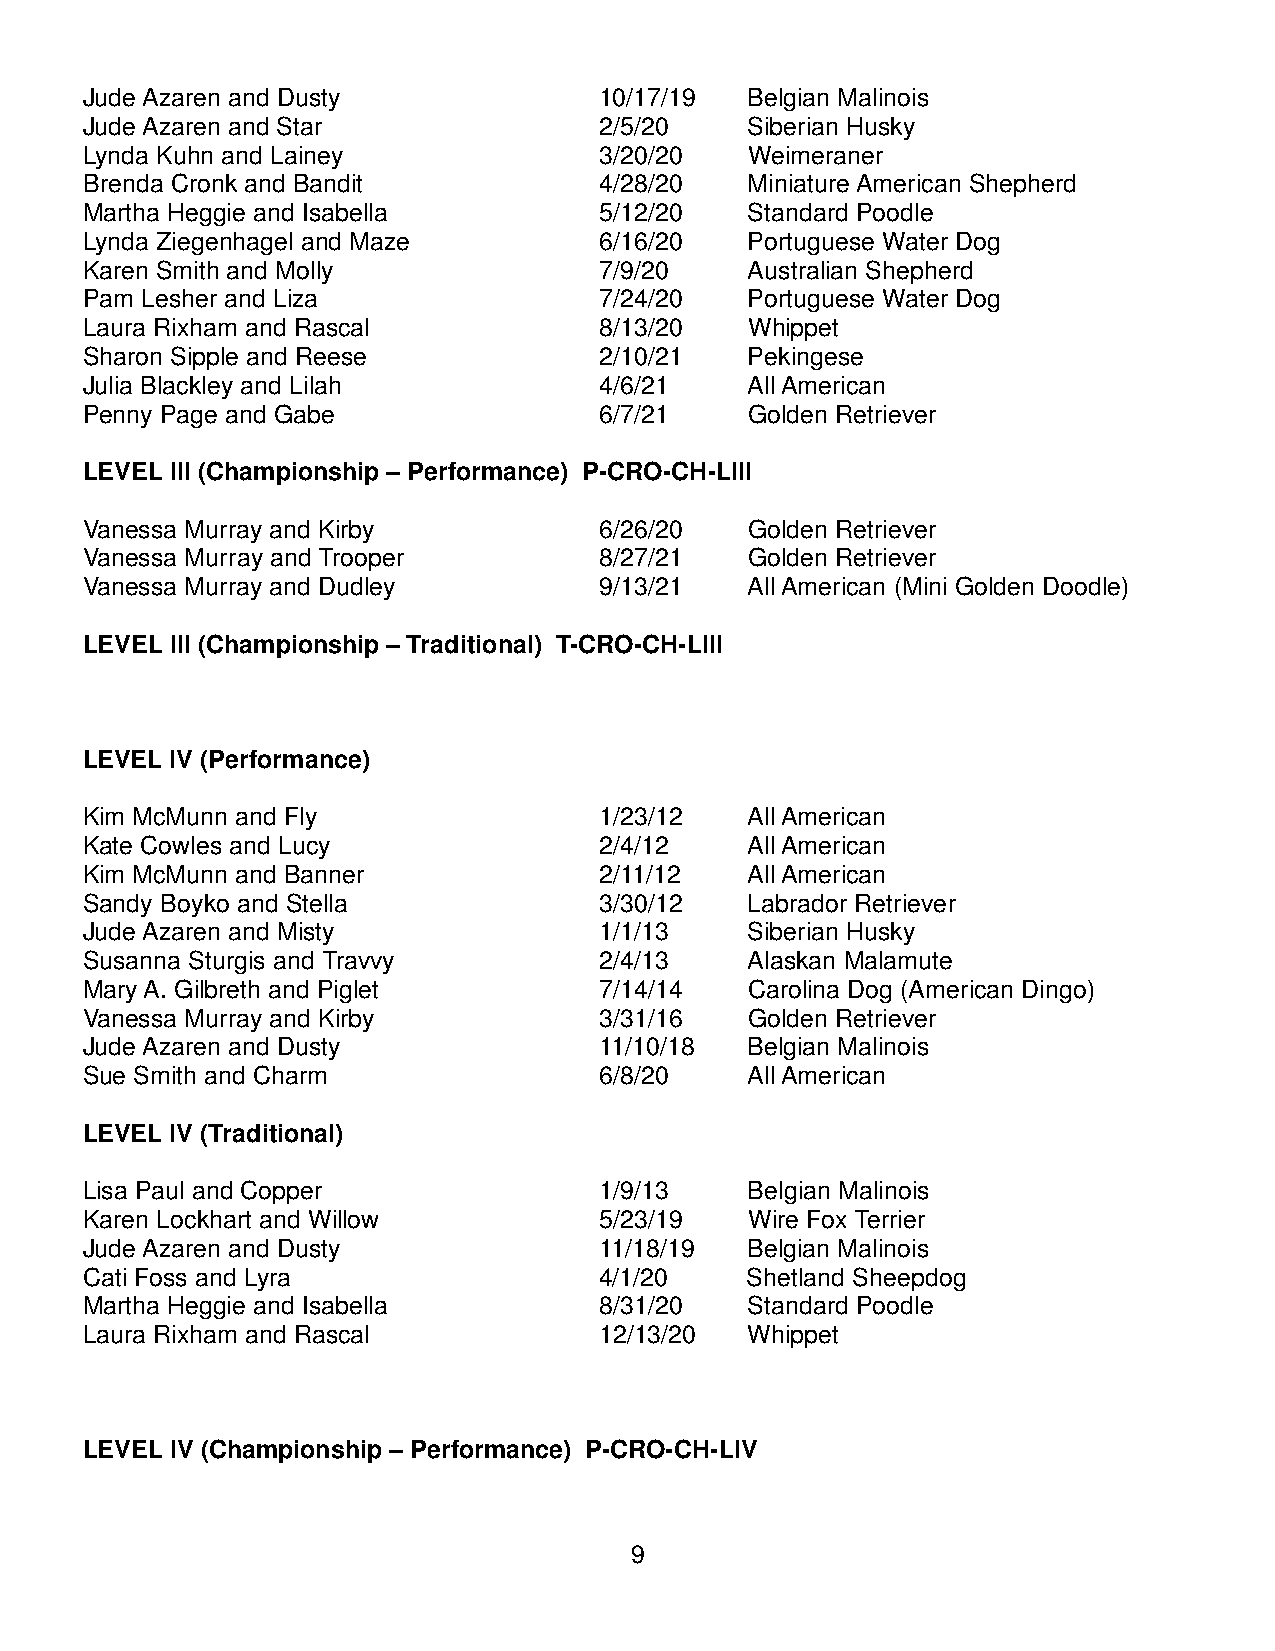
Jude Azaren and Dusty              10/17/19 Belgian Malinois
 Jude Azaren and Star               2/5/20   Siberian Husky
 Lynda Kuhn and Lainey              3/20/20  Weimeraner
 Brenda Cronk and Bandit            4/28/20  Miniature American Shepherd
 Martha Heggie and Isabella         5/12/20  Standard Poodle
 Lynda Ziegenhagel and Maze         6/16/20  Portuguese Water Dog
 Karen Smith and Molly              7/9/20   Australian Shepherd
 Pam Lesher and Liza                7/24/20  Portuguese Water Dog
 Laura Rixham and Rascal            8/13/20  Whippet
 Sharon Sipple and Reese            2/10/21  Pekingese
 Julia Blackley and Lilah           4/6/21   All American
 Penny Page and Gabe                6/7/21   Golden Retriever
 LEVEL III (Championship – Performance) P-CRO-CH-LIII
 Vanessa Murray and Kirby           6/26/20  Golden Retriever
 Vanessa Murray and Trooper         8/27/21  Golden Retriever
 Vanessa Murray and Dudley          9/13/21  All American (Mini Golden Doodle)
 LEVEL III (Championship – Traditional) T-CRO-CH-LIII
 LEVEL IV (Performance)
 Kim McMunn and Fly                 1/23/12  All American
 Kate Cowles and Lucy               2/4/12   All American
 Kim McMunn and Banner              2/11/12  All American
 Sandy Boyko and Stella             3/30/12  Labrador Retriever
 Jude Azaren and Misty              1/1/13   Siberian Husky
 Susanna Sturgis and Travvy         2/4/13   Alaskan Malamute
 Mary A. Gilbreth and Piglet        7/14/14  Carolina Dog (American Dingo)
 Vanessa Murray and Kirby           3/31/16  Golden Retriever
 Jude Azaren and Dusty              11/10/18 Belgian Malinois
 Sue Smith and Charm                6/8/20   All American
 LEVEL IV (Traditional)
 Lisa Paul and Copper               1/9/13   Belgian Malinois
 Karen Lockhart and Willow          5/23/19  Wire Fox Terrier
 Jude Azaren and Dusty              11/18/19 Belgian Malinois
 Cati Foss and Lyra                 4/1/20   Shetland Sheepdog
 Martha Heggie and Isabella         8/31/20  Standard Poodle
 Laura Rixham and Rascal            12/13/20 Whippet
 LEVEL IV (Championship – Performance) P-CRO-CH-LIV
 9